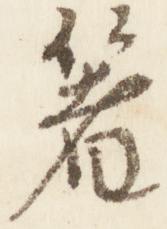
箸